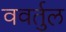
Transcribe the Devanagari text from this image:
ववर्तुल